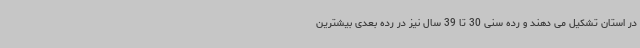
در استان تشکیل می دهند و رده سنی 30 تا 39 سال نیز در رده بعدی بیشترین